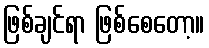
ဖြစ်ချင်ရာ ဖြစ်စေတော့။